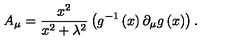
A _ { \mu } = \frac { x ^ { 2 } } { x ^ { 2 } + \lambda ^ { 2 } } \left( g ^ { - 1 } \left( x \right) \partial _ { \mu } g \left( x \right) \right) .